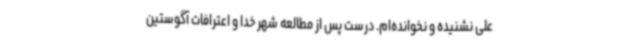
علی نشنیده و نخوانده‌ام. درست پس از مطالعه شهر خدا و اعترافات آگوستین